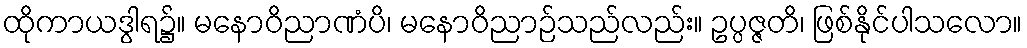
ထိုကာယဒွါရ၌။ မနောဝိညာဏံပိ၊ မနောဝိညာဉ်သည်လည်း။ ဥပ္ပဇ္ဇတိ၊ ဖြစ်နိုင်ပါသလော။